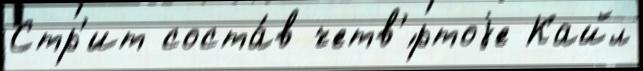
Стр'ит соста́в четв'́ртоjе Кайл